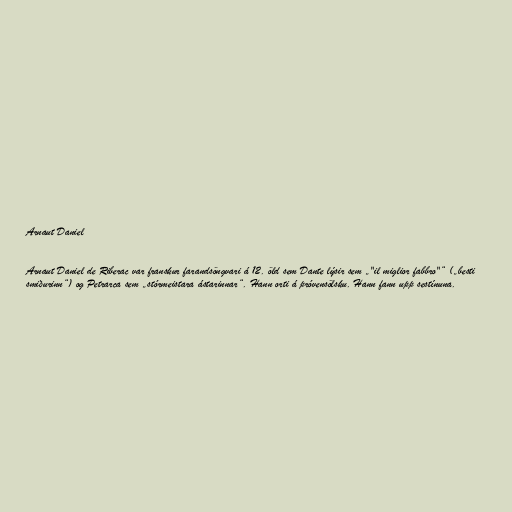
Arnaut Daniel

Arnaut Daniel de Riberac var franskur farandsöngvari á 12. öld sem Dante lýsir sem „"il miglior fabbro"“ („besti
smiðurinn“) og Petrarca sem „stórmeistara ástarinnar“. Hann orti á próvensölsku. Hann fann upp sestínuna.